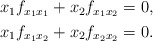
\begin{align*}\begin{aligned} &x_1 f_{x_1 x_1}+x_2 f_{x_1 x_2}=0,\\& x_1 f_{x_1 x_2}+x_2 f_{x_2 x_2}=0.\end{aligned}\end{align*}